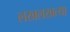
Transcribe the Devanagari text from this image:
लखलखत्या